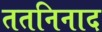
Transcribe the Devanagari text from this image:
ततनिनाद